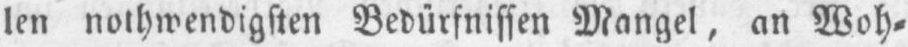
len nothwendigsten Bedürfnissen Mangel, an Woh⸗